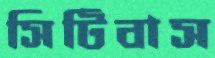
সিটিবাস